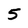
Character: 5